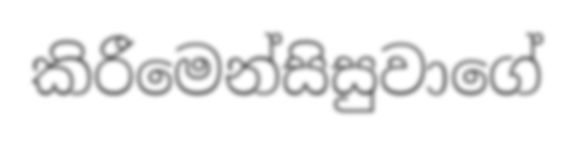
කිරීමෙන්සිසුවාගේ